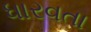
ધારવતા